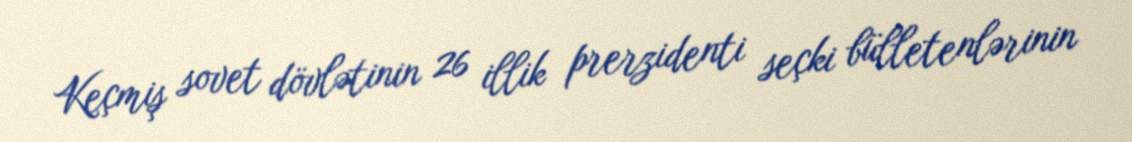
Keçmiş sovet dövlətinin 26 illik prerzidenti seçki bülletenlərinin